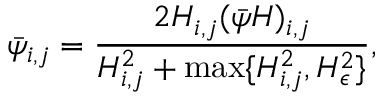
\bar { \psi } _ { i , j } = \frac { 2 H _ { i , j } ( \bar { \psi } H ) _ { i , j } } { H _ { i , j } ^ { 2 } + \operatorname* { m a x } \{ H _ { i , j } ^ { 2 } , H _ { \epsilon } ^ { 2 } \} } ,